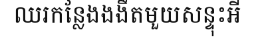
ឈរកន្លែងងងឹតមួយសន្ទុះអី